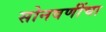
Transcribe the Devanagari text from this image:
सोनवणींचा